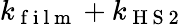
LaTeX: k_{\mathrm{~f~i~l~m~}}+k_{\mathrm{~H~S~2~}}